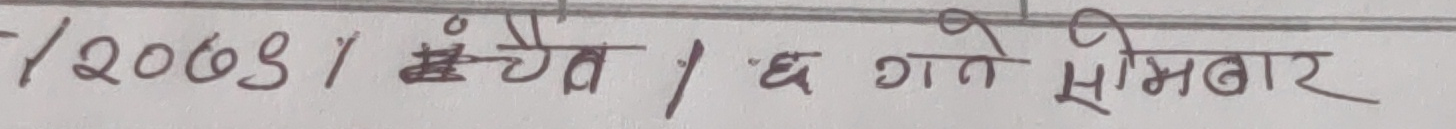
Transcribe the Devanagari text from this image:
-/2063 चैत / ६ गते सोमबार